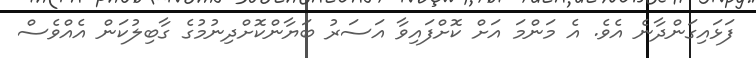
ފަޅައިގަންދާނެ އެވެ. އެ މަންމަ އަށް ކޮށްފައިވާ އަސަރު ބަޔާންކޮށްދިނުމުގެ ގާބިލުކަން އެއްވެސް